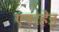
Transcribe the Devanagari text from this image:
एयरहेड